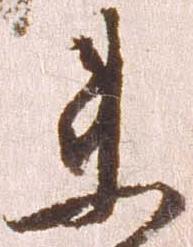
衛